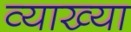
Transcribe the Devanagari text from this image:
व्याख्या